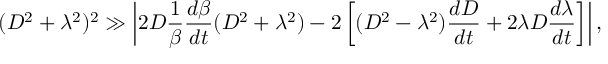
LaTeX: ( D ^ { 2 } + \lambda ^ { 2 } ) ^ { 2 } \gg \left| 2 D \frac { 1 } { \beta } \frac { d \beta } { d t } ( D ^ { 2 } + \lambda ^ { 2 } ) - 2 \left[ ( D ^ { 2 } - \lambda ^ { 2 } ) \frac { d D } { d t } + 2 \lambda D \frac { d \lambda } { d t } \right] \right| ,